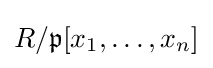
R/{\mathfrak {p}}[x_{1},\dots ,x_{n}]